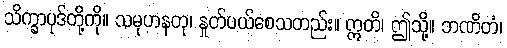
သိက္ခာပုဒ်တို့ကို။ သမုဟနတု၊ နှုတ်ပယ်စေသတည်း။ ဣတိ၊ ဤသို့။ ဘဏိတံ၊